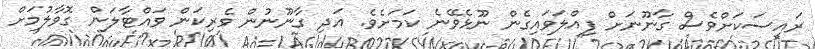
ރައީސަކަށްވެސް ގާނޫނަށް ފިއްލަވައިގެން ނޫޅެވޭނެ ކަމަށެވެ. އަދި ގާނޫނުން ވެރިކަން ވައްޓާލަން ގޮވާލުމަށް